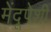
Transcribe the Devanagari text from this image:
मेंदूपेशी